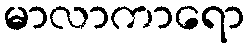
မာလာကာရော